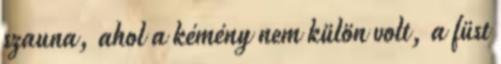
szauna, ahol a kémény nem külön volt, a füst